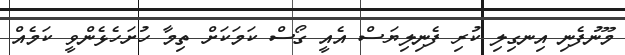
މޫނުފެނި އިނގިލި ކުރި ފެނިލިޔަސް އެއީ ގޯސް ކަމަކަށް ތިމާ ހުށަހެޅެންވީ ކަމެއް